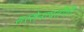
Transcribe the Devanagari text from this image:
सरसेनापतीही